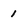
Character: l